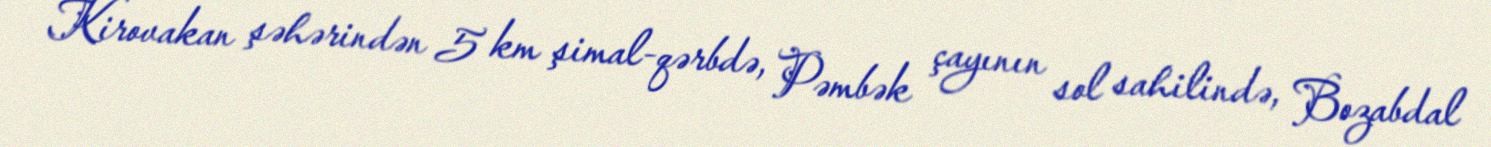
Kirovakan şəhərindən 5 km şimal-qərbdə, Pəmbək çayının sol sahilində, Bozabdal